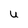
Character: U